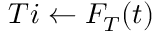
T i \gets F _ { T } ( t )